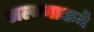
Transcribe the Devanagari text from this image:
अल्मनाकने